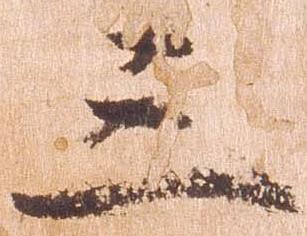
三